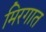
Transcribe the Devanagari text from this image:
मिरगात